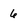
Character: 6